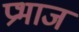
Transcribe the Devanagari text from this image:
प्रभाज